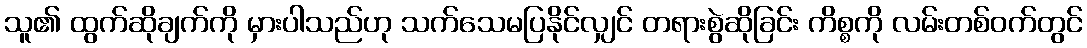
သူ၏ ထွက်ဆိုချက်ကို မှားပါသည်ဟု သက်သေမပြနိုင်လျှင် တရားစွဲဆိုခြင်း ကိစ္စကို လမ်းတစ်ဝက်တွင်